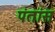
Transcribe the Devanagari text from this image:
पंतांस